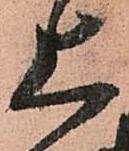
上